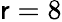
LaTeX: \mathsf{r}=8